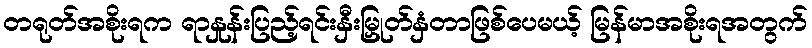
တရုတ်အစိုးရက ရာနှုန်းပြည့်ရင်းနှီးမြှုတ်နှံတာဖြစ်ပေမယ့် မြန်မာအစိုးရအတွက်